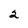
Character: 2